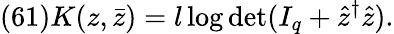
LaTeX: (61)K(z,\bar{z})=l\log\operatorname*{det}(I_{q}+\hat{z}^{\dagger}\hat{z}).